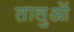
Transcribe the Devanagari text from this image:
तालुओं